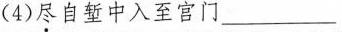
( 4 )尽自堑中入至宫门___